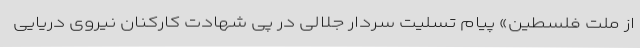
از ملت فلسطین» پیام تسلیت سردار جلالی در پی شهادت کارکنان نیروی دریایی